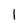
Character: 1